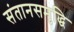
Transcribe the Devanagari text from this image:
संतानसमृद्धि